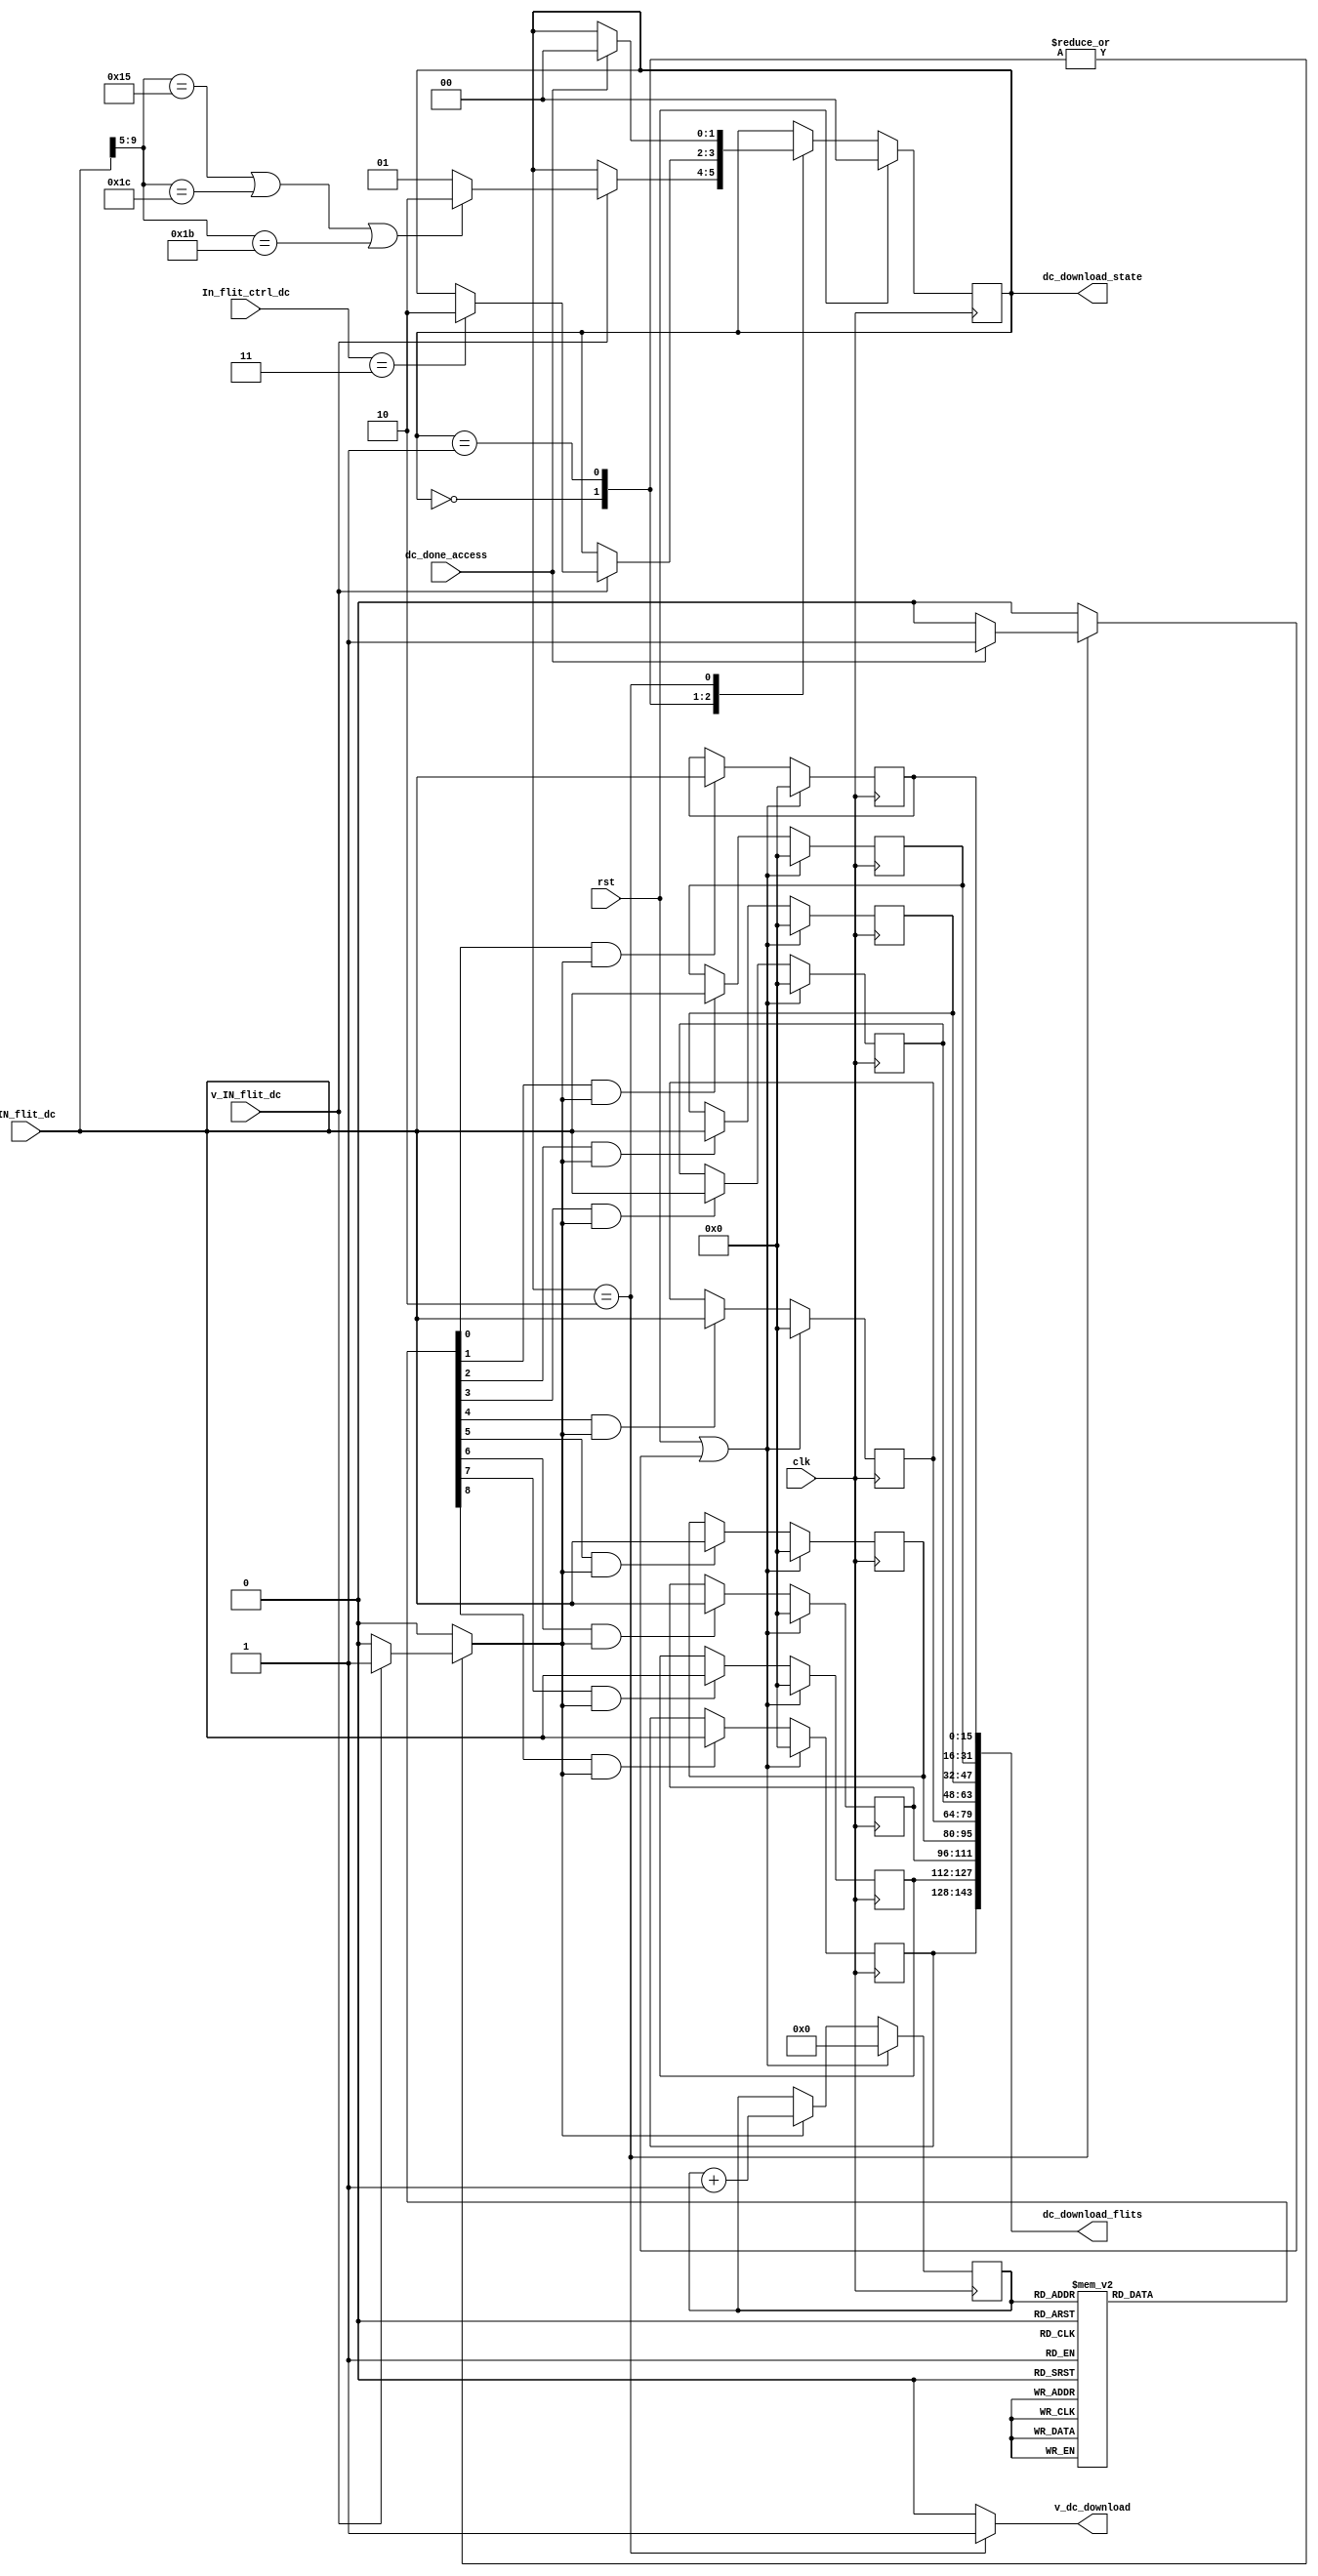
module dc_download(//input
                    clk,
                    rst,
                    IN_flit_dc,
                    v_IN_flit_dc,
                    In_flit_ctrl_dc,
                    dc_done_access,
                    //output
                    v_dc_download,
                    dc_download_flits,
                    dc_download_state
                   );
/////// reply cmd
parameter        wbrep_cmd=5'b10000;
parameter        C2Hinvrep_cmd=5'b10001;
parameter        flushrep_cmd=5'b10010;
parameter        ATflurep_cmd=5'b10011;
parameter        shrep_cmd=5'b11000;
parameter        exrep_cmd=5'b11001;
parameter        SH_exrep_cmd=5'b11010;
parameter        SCflurep_cmd=5'b11100;
parameter        instrep_cmd=5'b10100;
parameter        C2Cinvrep_cmd=5'b11011;
parameter        nackrep_cmd=5'b10101;
parameter        flushfail_rep_cmd=5'b10110;
parameter        wbfail_rep_cmd=5'b10111;

//input
input                    clk;
input                    rst;
input      [15:0]        IN_flit_dc;  //from IN fifos
input                    v_IN_flit_dc;
input      [1:0]         In_flit_ctrl_dc;
input                    dc_done_access; // from data cache
                    //output
output                    v_dc_download;  // to data cache
output     [143:0]        dc_download_flits;
output     [1:0]          dc_download_state; // to arbiter_IN_node

//
reg [1:0]    dc_download_nstate;
reg [1:0]    dc_download_cstate;
parameter    dc_download_idle=2'b00;
parameter    dc_download_busy=2'b01;
parameter    dc_download_rdy=2'b10;

reg   [15:0] flit_reg1;
reg   [15:0] flit_reg2;
reg   [15:0] flit_reg3;
reg   [15:0] flit_reg4;
reg   [15:0] flit_reg5;
reg   [15:0] flit_reg6;
reg   [15:0] flit_reg7;
reg   [15:0] flit_reg8;
reg   [15:0] flit_reg9;

assign dc_download_state=dc_download_cstate;
assign dc_download_flits={flit_reg9,flit_reg8,flit_reg7,flit_reg6,flit_reg5,flit_reg4,flit_reg3,flit_reg2,flit_reg1};


reg             v_dc_download;
reg             en_flit_dc;
reg             inc_cnt;
reg             fsm_rst;

/// fsm of ic_download
always@(*)
begin
  //default values
  dc_download_nstate=dc_download_cstate;
  v_dc_download=1'b0;
  en_flit_dc=1'b0;
  inc_cnt=1'b0;
  fsm_rst=1'b0;
  case(dc_download_cstate)
    dc_download_idle:
      begin
        if(v_IN_flit_dc)
          begin
            if(IN_flit_dc[9:5]==nackrep_cmd||IN_flit_dc[9:5]==SCflurep_cmd||IN_flit_dc[9:5]==C2Cinvrep_cmd)
                dc_download_nstate=dc_download_rdy;
            else
                dc_download_nstate=dc_download_busy;
            en_flit_dc=1'b1;
            inc_cnt=1'b1;
          end
      end
    dc_download_busy:
      begin
        if(v_IN_flit_dc)
          begin
            if(In_flit_ctrl_dc==2'b11)
              begin
               // en_flit_dc=1'b1;
                dc_download_nstate=dc_download_rdy;
              end
              en_flit_dc=1'b1;
              inc_cnt=1'b1;
          end
      end
    dc_download_rdy:
      begin
        v_dc_download=1'b1;
        if(dc_done_access)
          begin
             dc_download_nstate=dc_download_idle;
             fsm_rst=1'b1;
          end
      end
    endcase
end

reg  [3:0]  cnt;
reg  [8:0]  en_flits;
// select right inst_word_in 
always@(*)
begin
  case(cnt)
    4'b0000:en_flits=9'b000000001;
    4'b0001:en_flits=9'b000000010;
    4'b0010:en_flits=9'b000000100;
    4'b0011:en_flits=9'b000001000;
    4'b0100:en_flits=9'b000010000;
    4'b0101:en_flits=9'b000100000;
    4'b0110:en_flits=9'b001000000;
    4'b0111:en_flits=9'b010000000;
    4'b1000:en_flits=9'b100000000;
    default:en_flits=9'b000000000;
  endcase
 end
 
// 1st flit
always@(posedge clk)
begin
  if(rst||fsm_rst)
    flit_reg1<=16'h0000;
  else if(en_flits[0]&&en_flit_dc)
    flit_reg1<=IN_flit_dc;
end

//2ed flit 
 always@(posedge clk)
begin
  if(rst||fsm_rst)
    flit_reg2<=16'h0000;
  else if(en_flits[1]&&en_flit_dc)
    flit_reg2<=IN_flit_dc;
end

// 3rd flit
always@(posedge clk)
begin
  if(rst||fsm_rst)
    flit_reg3<=16'h0000;
  else if(en_flits[2]&&en_flit_dc)
    flit_reg3<=IN_flit_dc;
end

//4th flit
always@(posedge clk)
begin
  if(rst||fsm_rst)
    flit_reg4<=16'h0000;
  else if(en_flits[3]&&en_flit_dc)
    flit_reg4<=IN_flit_dc;
end

//5th flit
always@(posedge clk)
begin
  if(rst||fsm_rst)
    flit_reg5<=16'h0000;
  else if(en_flits[4]&&en_flit_dc)
    flit_reg5<=IN_flit_dc;
end

//6th flit
always@(posedge clk)
begin
  if(rst||fsm_rst)
    flit_reg6<=16'h0000;
  else if(en_flits[5]&&en_flit_dc)
    flit_reg6<=IN_flit_dc;
end

//7th flit 
always@(posedge clk)
begin
  if(rst||fsm_rst)
    flit_reg7<=16'h0000;
  else if(en_flits[6]&&en_flit_dc)
    flit_reg7<=IN_flit_dc;
end

//8th flit
always@(posedge clk)
begin
  if(rst||fsm_rst)
    flit_reg8<=16'h0000;
  else if(en_flits[7]&&en_flit_dc)
    flit_reg8<=IN_flit_dc;
end

//9th flit 
always@(posedge clk)
begin
  if(rst||fsm_rst)
    flit_reg9<=16'h0000;
  else if(en_flits[8]&&en_flit_dc)
    flit_reg9<=IN_flit_dc;
end
// fsm regs
always@(posedge clk)
begin
  if(rst)
    dc_download_cstate<=2'b00;
  else
    dc_download_cstate<=dc_download_nstate;
end
//counter reg
always@(posedge clk)
begin
  if(rst||fsm_rst)
    cnt<=4'b0000;
  else if(inc_cnt)
    cnt<=cnt+4'b0001;
end
endmodule